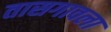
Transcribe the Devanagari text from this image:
तासगावला